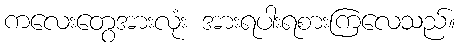
ကလေးတွေအားလုံး အားရပါးရစားကြလေသည်။